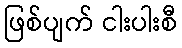
ဖြစ်ပျက် ငါးပါးစီ